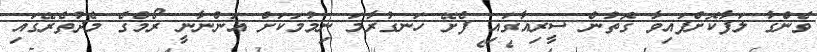
ވެންގާ ލަފާކޮށްފައިވާ ގޮތުން ސީރިއާގައި ފެށޭ ހަނގުރާމަ ނިމުމަކަށް އަންނާނީ ރޯމްގެ މެދުތެރޭގައި